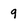
Character: 9